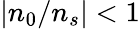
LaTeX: |n_{0}/n_{s}|<1